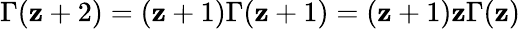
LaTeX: \Gamma(\mathbf{z}+2)=(\mathbf{z}+1)\Gamma(\mathbf{z}+1)=(\mathbf{z}+1)\mathbf{z}\Gamma(\mathbf{z})